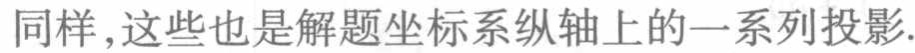
同样,这些也是解题坐标系纵轴上的一系列投影.